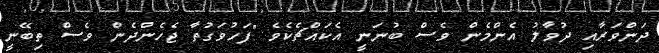
ދަންވަރާއި ދުވާލު އެންމެން ވެސް ބުނަނީ އެކައްޗެކެވެ "ފަހުވަގުތާ ޖެހެންދެން ވެސް ތިބޭނީ